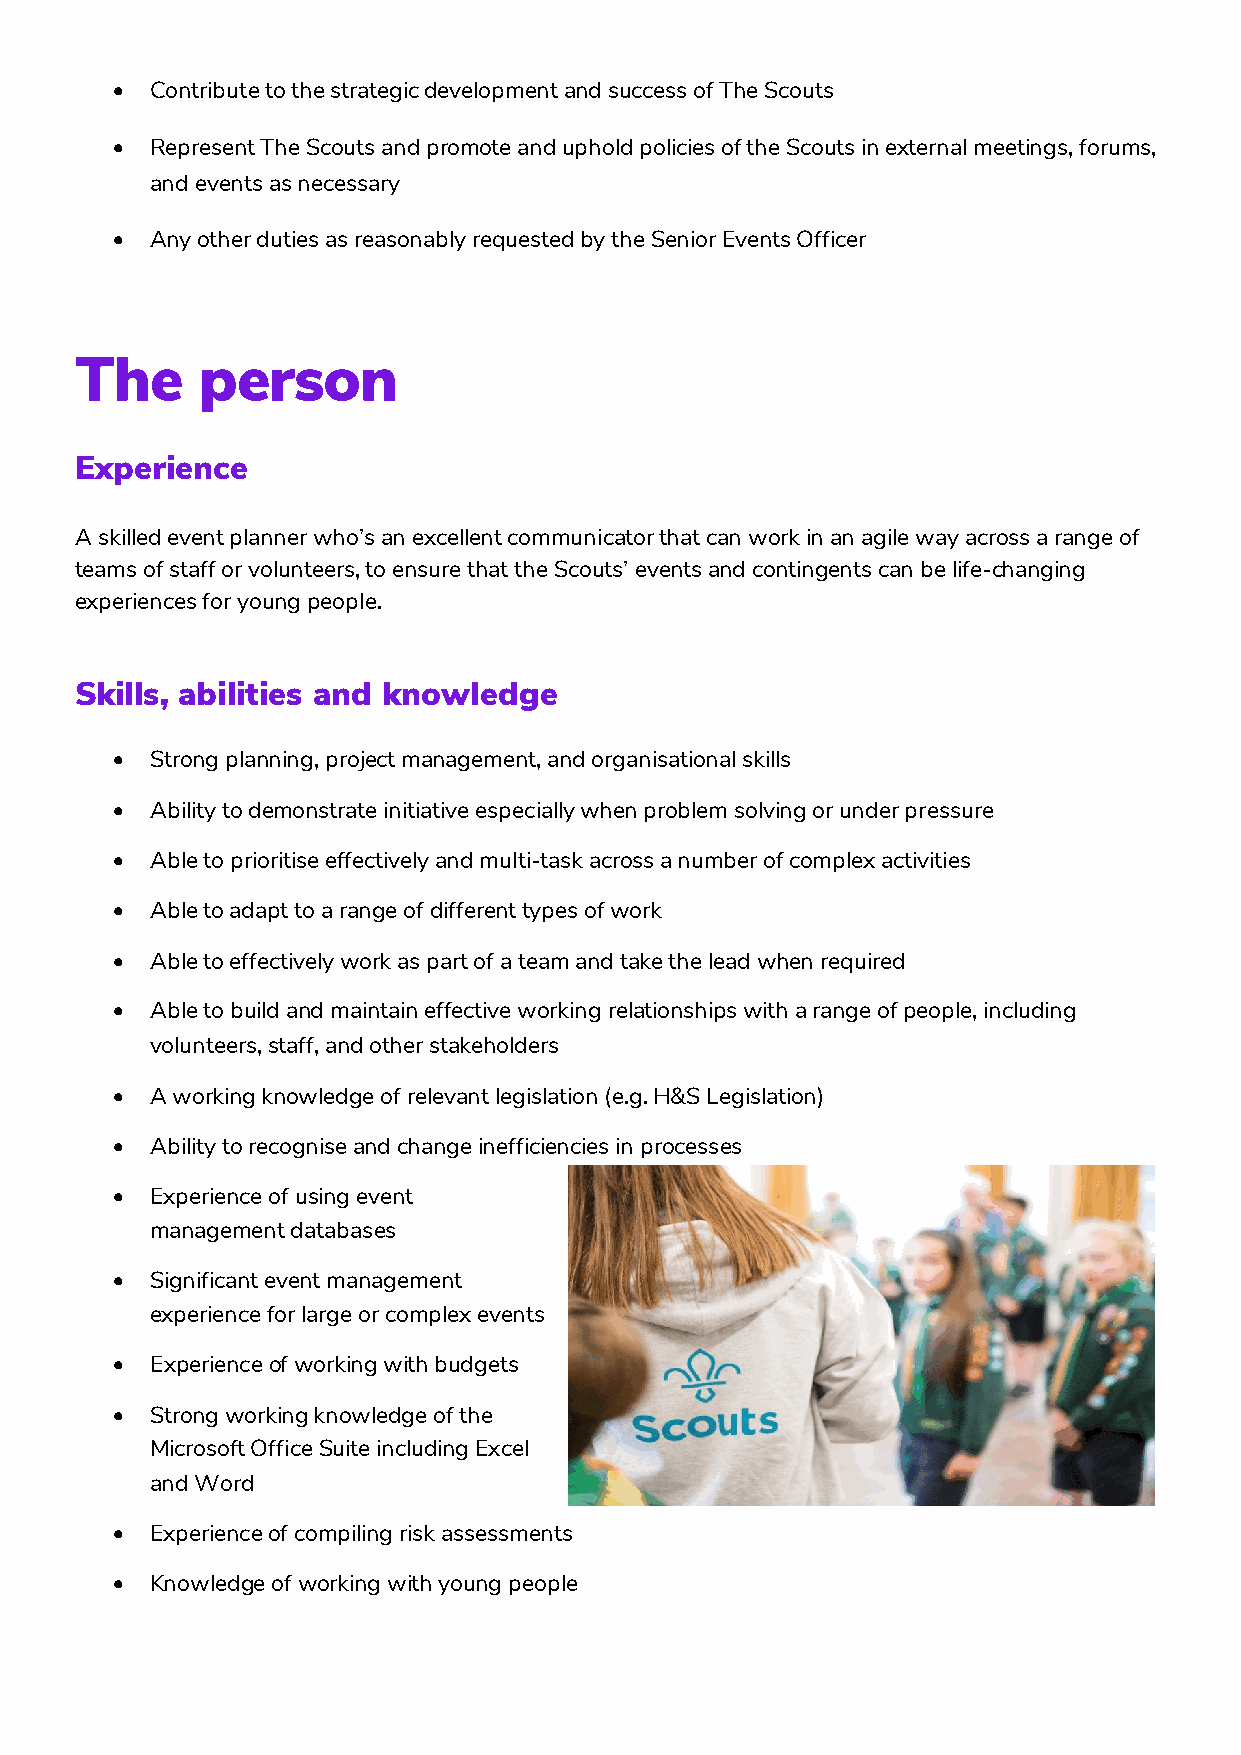
•  Contribute to the strategic development and success of The Scouts
 •  Represent The Scouts and promote and uphold policies of the Scouts in external meetings, forums,
 and events as necessary
 •  Any other duties as reasonably requested by the Senior Events Officer
 The     person
 Experience
 A skilled event planner who’s an excellent communicator that can work in an agile way across a range of
 teams of staff or volunteers, to ensure that the Scouts’ events and contingents can be life-changing
 experiences for young people.
 Skills, abilities and knowledge
 •  Strong planning, project management, and organisational skills
 •  Ability to demonstrate initiative especially when problem solving or under pressure
 •  Able to prioritise effectively and multi-task across a number of complex activities
 •  Able to adapt to a range of different types of work
 •  Able to effectively work as part of a team and take the lead when required
 •  Able to build and maintain effective working relationships with a range of people, including
 volunteers, staff, and other stakeholders
 •  A working knowledge of relevant legislation (e.g. H&S Legislation)
 •  Ability to recognise and change inefficiencies in processes
 •  Experience of using event
 management databases
 •  Significant event management
 experience for large or complex events
 •  Experience of working with budgets
 •  Strong working knowledge of the
 Microsoft Office Suite including Excel
 and Word
 •  Experience of compiling risk assessments
 •  Knowledge of working with young people